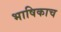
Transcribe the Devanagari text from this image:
भाषिकाच